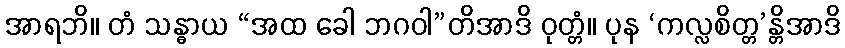
အာရဘိ။ တံ သန္ဓာယ “အထ ခေါ ဘဂဝါ”တိအာဒိ ဝုတ္တံ။ ပုန ‘ကလ္လစိတ္တ’န္တိအာဒိ